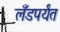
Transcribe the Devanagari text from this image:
लँडपर्यंत